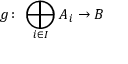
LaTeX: g \colon \, \bigoplus _ { i \in I } A _ { i } \to B